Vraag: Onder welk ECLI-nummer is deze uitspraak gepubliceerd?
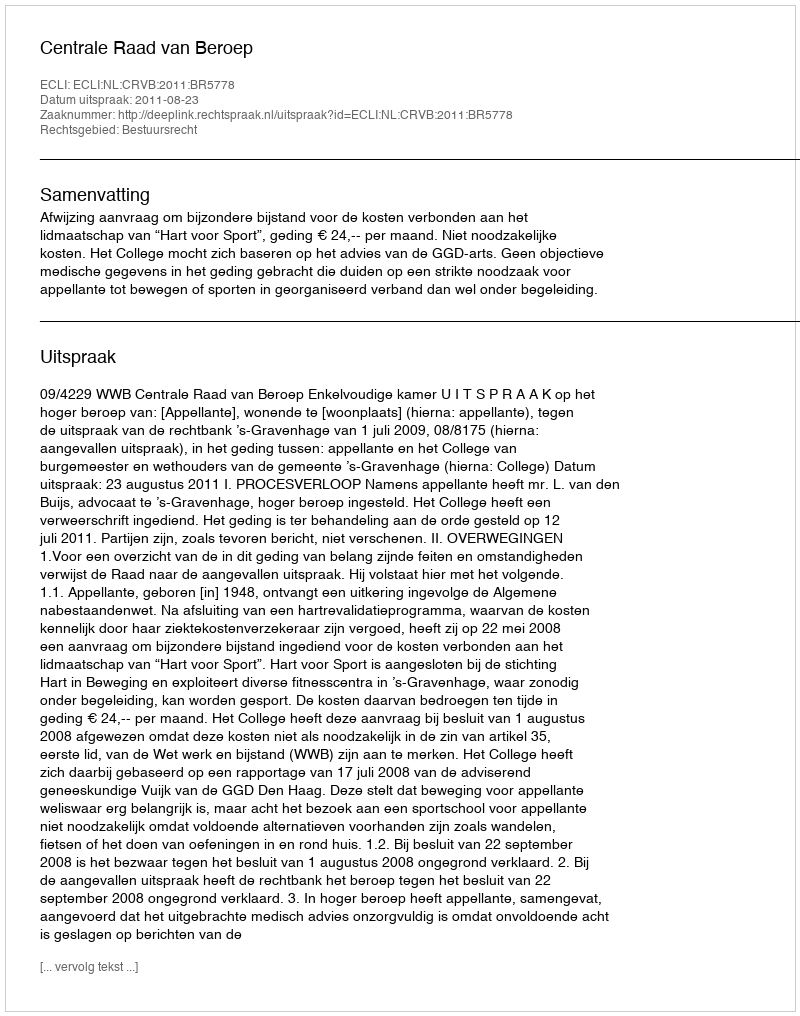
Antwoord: ECLI:NL:CRVB:2011:BR5778